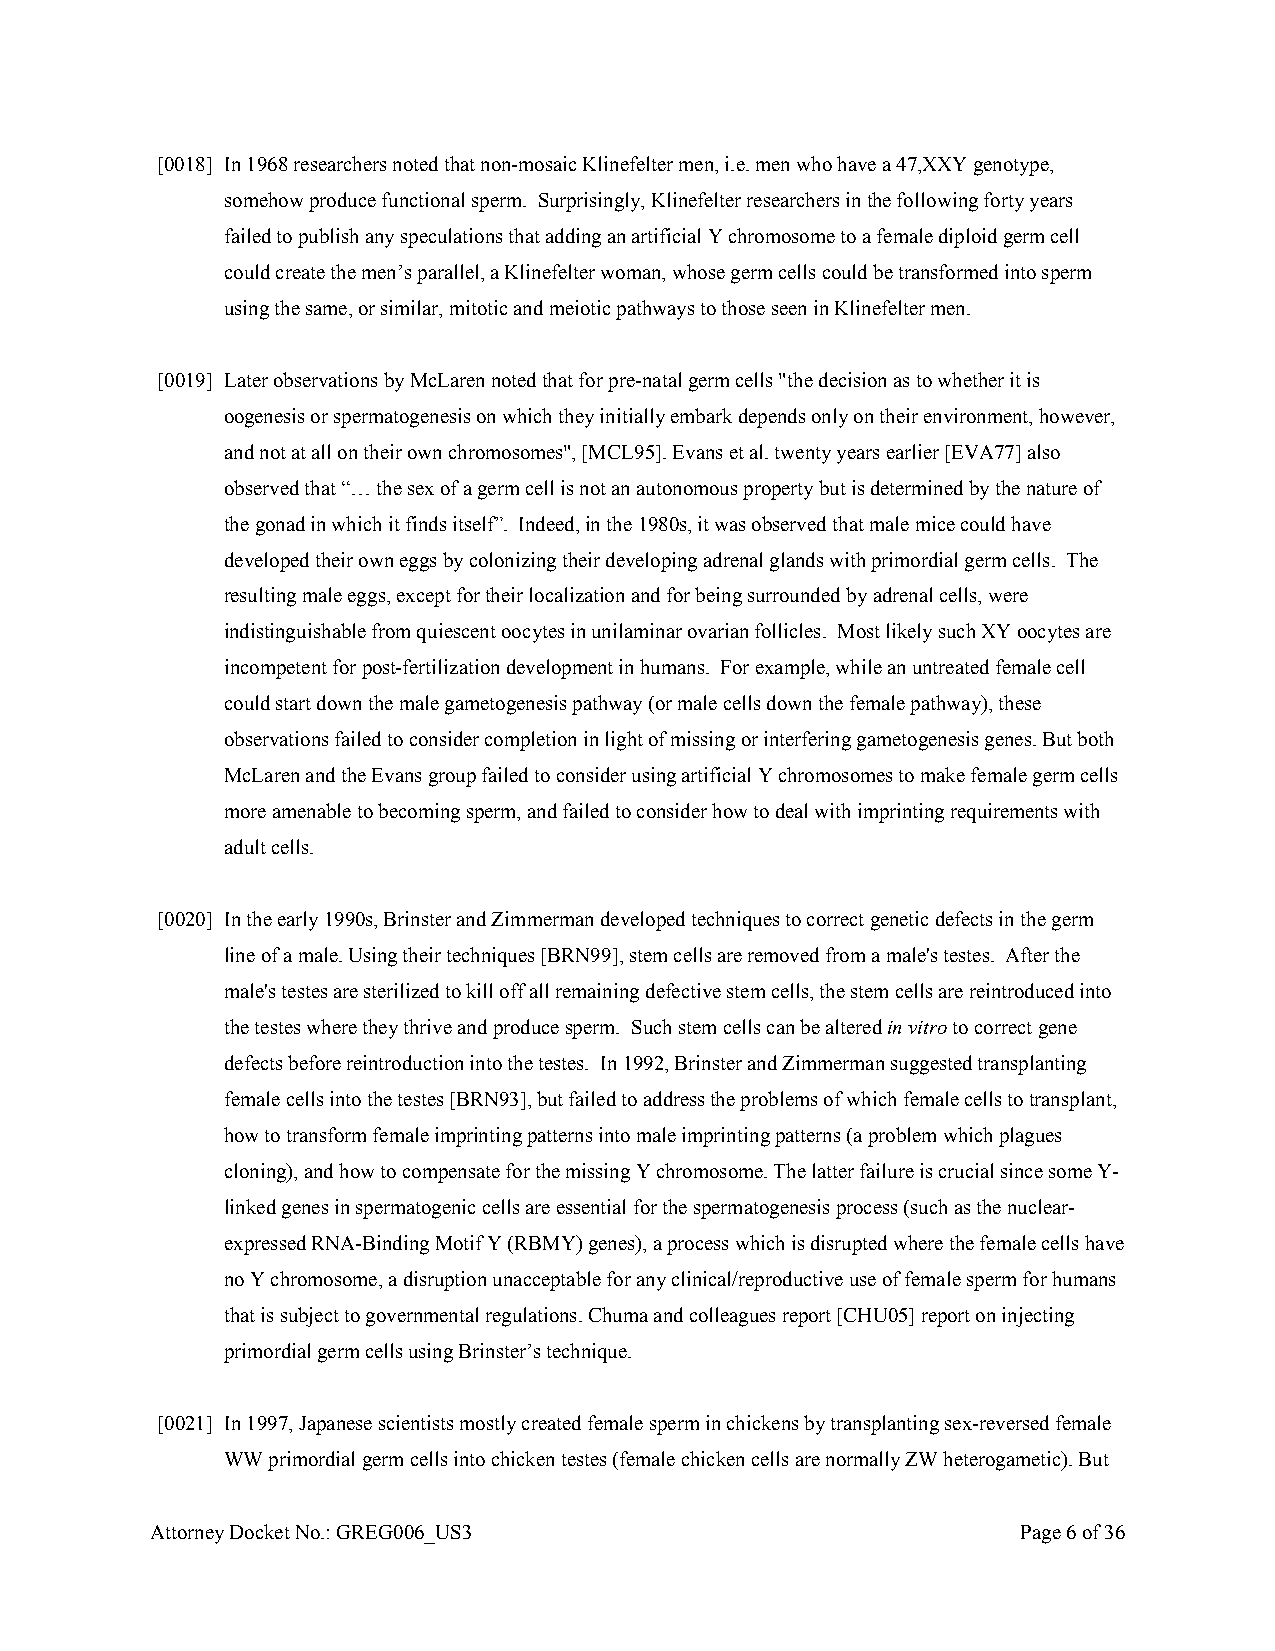
[0018] In 1968 researchers noted that non-mosaic Klinefelter men, i.e. men who have a 47,XXY genotype,
 somehow produce functional sperm. Surprisingly, Klinefelter researchers in the following forty years
 failed to publish any speculations that adding an artificial Y chromosome to a female diploid germ cell
 could create the men’s parallel, a Klinefelter woman, whose germ cells could be transformed into sperm
 using the same, or similar, mitotic and meiotic pathways to those seen in Klinefelter men.
 [0019] Later observations by McLaren noted that for pre-natal germ cells "the decision as to whether it is
 oogenesis or spermatogenesis on which they initially embark depends only on their environment, however,
 and not at all on their own chromosomes", [MCL95]. Evans et al. twenty years earlier [EVA77] also
 observed that “… the sex of a germ cell is not an autonomous property but is determined by the nature of
 the gonad in which it finds itself”. Indeed, in the 1980s, it was observed that male mice could have
 developed their own eggs by colonizing their developing adrenal glands with primordial germ cells. The
 resulting male eggs, except for their localization and for being surrounded by adrenal cells, were
 indistinguishable from quiescent oocytes in unilaminar ovarian follicles. Most likely such XY oocytes are
 incompetent for post-fertilization development in humans. For example, while an untreated female cell
 could start down the male gametogenesis pathway (or male cells down the female pathway), these
 observations failed to consider completion in light of missing or interfering gametogenesis genes. But both
 McLaren and the Evans group failed to consider using artificial Y chromosomes to make female germ cells
 more amenable to becoming sperm, and failed to consider how to deal with imprinting requirements with
 adult cells.
 [0020] In the early 1990s, Brinster and Zimmerman developed techniques to correct genetic defects in the germ
 line of a male. Using their techniques [BRN99], stem cells are removed from a male's testes. After the
 male's testes are sterilized to kill off all remaining defective stem cells, the stem cells are reintroduced into
 the testes where they thrive and produce sperm. Such stem cells can be altered in vitro to correct gene
 defects before reintroduction into the testes. In 1992, Brinster and Zimmerman suggested transplanting
 female cells into the testes [BRN93], but failed to address the problems of which female cells to transplant,
 how to transform female imprinting patterns into male imprinting patterns (a problem which plagues
 cloning), and how to compensate for the missing Y chromosome. The latter failure is crucial since some Y-
 linked genes in spermatogenic cells are essential for the spermatogenesis process (such as the nuclear-
 expressed RNA-Binding Motif Y (RBMY) genes), a process which is disrupted where the female cells have
 no Y chromosome, a disruption unacceptable for any clinical/reproductive use of female sperm for humans
 that is subject to governmental regulations. Chuma and colleagues report [CHU05] report on injecting
 primordial germ cells using Brinster’s technique.
 [0021] In 1997, Japanese scientists mostly created female sperm in chickens by transplanting sex-reversed female
 WW primordial germ cells into chicken testes (female chicken cells are normally ZW heterogametic). But
 Attorney Docket No.: GREG006_US3                          Page 6 of 36